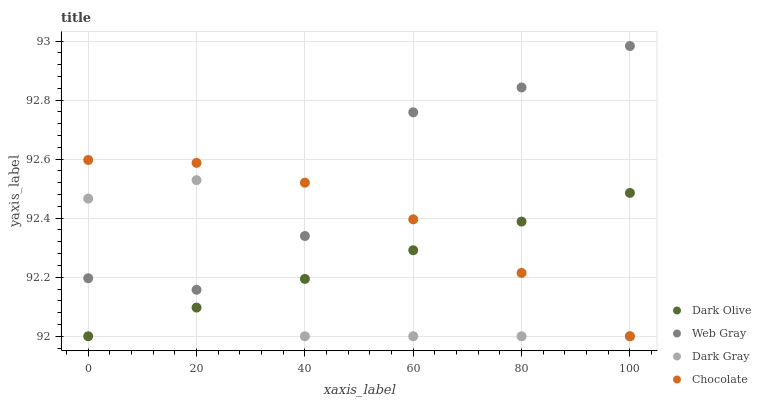
| xaxis_label | Dark Olive | Web Gray | Dark Gray | Chocolate |
 | --- | --- | --- | --- | --- |
 | 0 | 92 | 92.2 | 92.5 | 92.6 |
 | 20 | 92.1 | 92.2 | 92.5 | 92.6 |
 | 40 | 92.2 | 92.3 | 92 | 92.5 |
 | 60 | 92.3 | 92.8 | 92 | 92.4 |
 | 80 | 92.4 | 92.8 | 92 | 92.2 |
 | 100 | 92.5 | 93 | 92 | 92 |